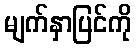
မျက်နှာပြင်ကို